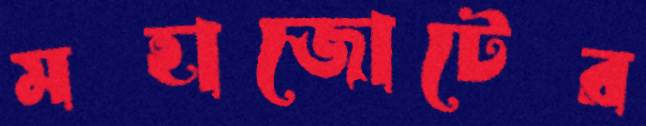
মহাজোটের